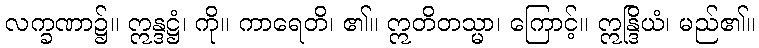
လက္ခဏာ၌။ ဣန္ဒဋ္ဌံ၊ ကို။ ကာရေတိ၊ ၏။ ဣတိတသ္မာ၊ ကြောင့်။ ဣန္ဒြိယံ၊ မည်၏။